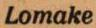
Lomake